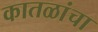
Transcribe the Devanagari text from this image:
कातळांचा